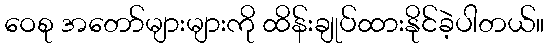
ဝေစု အတော်များများကို ထိန်းချုပ်ထားနိုင်ခဲ့ပါတယ်။